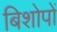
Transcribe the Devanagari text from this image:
बिशोपों